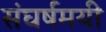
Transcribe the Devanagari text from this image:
संघर्षमयी